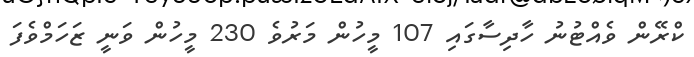
ކްރޭން ވެއްޓުނު ހާދިސާގައި 107 މީހުން މަރުވެ 230 މީހުން ވަނީ ޒަހަމްވެފަ